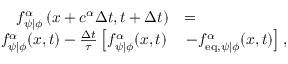
\begin{array} { r l } { f _ { \psi \vert \phi } ^ { \alpha } \left( \boldsymbol { x } + \boldsymbol { c } ^ { \alpha } \Delta { t } , t + \Delta { t } \right) } & { = } \\ { f _ { \psi \vert \phi } ^ { \alpha } ( \boldsymbol { x } , t ) - \frac { \Delta { t } } { \tau } \left[ f _ { \psi \vert \phi } ^ { \alpha } ( \boldsymbol { x } , t ) \right. } & { \left. - f _ { \mathrm { e q } , \psi \vert \phi } ^ { \alpha } ( \boldsymbol { x } , t ) \right] , } \end{array}